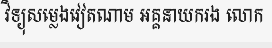
វិទ្យុសម្លេងវៀតណាម អគ្គនាយករង លោក